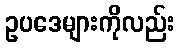
ဥပဒေများကိုလည်း